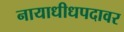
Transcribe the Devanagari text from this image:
नायाधीधपदावर